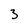
Character: 3